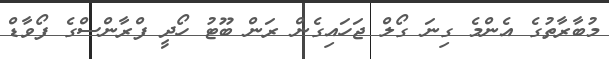
މުބާރާތުގެ އެންމެ ގިނަ ގޯލް ޖަހައިގެން ރަން ބޫޓު ހޯދީ ފްރާންސްގެ ފޯވާޑް